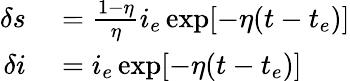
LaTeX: \begin{array}{rl}{\delta s}&{{}=\frac{1-\eta}{\eta}i_{e}\exp[-\eta(t-t_{e})]}\\ {\delta i}&{{}=i_{e}\exp[-\eta(t-t_{e})]}\end{array}